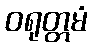
ဝရုတ္တမံ